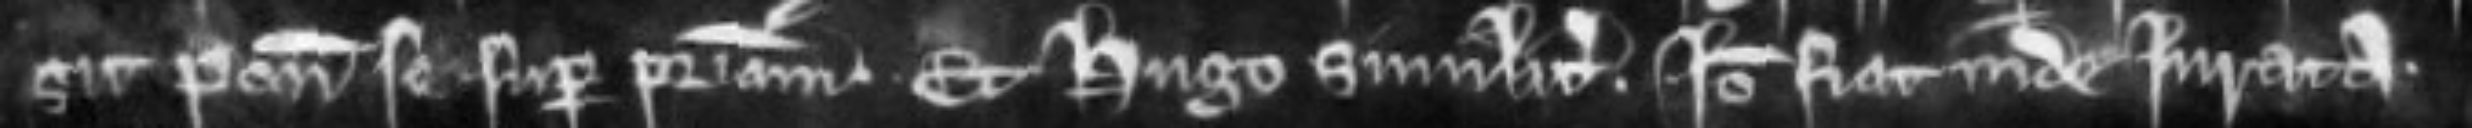
sit ponit se super patriam. Et Hugo similiter. Ideo fiat inde jurata.